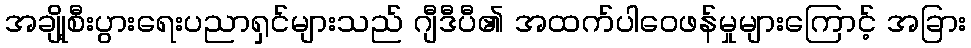
အချို့စီးပွားရေးပညာရှင်များသည် ဂျီဒီပီ၏ အထက်ပါဝေဖန်မှုများကြောင့် အခြား